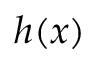
h ( x )